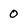
Character: 0